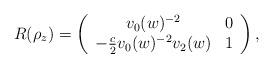
LaTeX: \begin{align*}R(\rho_{z})=\left(\begin{array}{cc}v_{0}(w)^{-2} & 0 \\-\frac{c}{2}v_{0}(w)^{-2}v_{2}(w) & 1\end{array}\right),\end{align*}